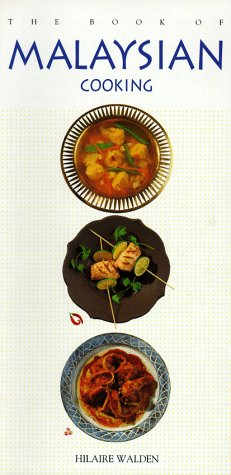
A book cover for The Book of Malaysian Cooking; Hilaire Walden; Cookbooks, Food & Wine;